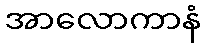
အာလောကာနံ